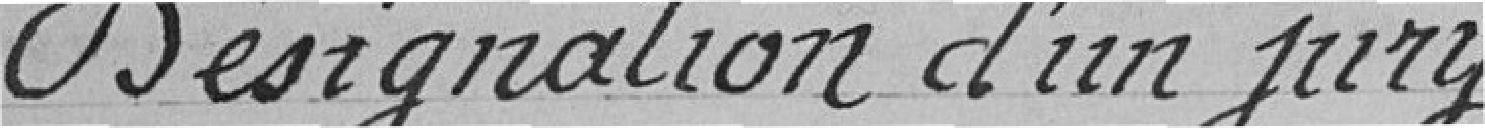
Désignation d'un jury